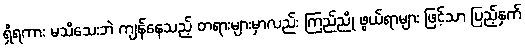
ရှိရကား မသိသေးဘဲ ကျန်နေသည့် တရားများမှာလည်း ကြည်ညို ဖွယ်ရာများ ဖြင့်သာ ပြည့်နှက်